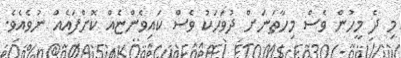
މި ދެ މީހުން ވެސް މިހާތަނަށް ދުވަހަކު ވެސް ކައިވެންޏެއް ކޮށްފައެއް ނުވެއެވެ.